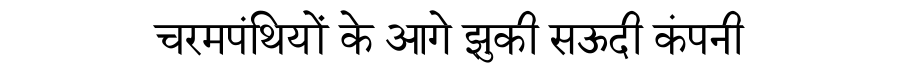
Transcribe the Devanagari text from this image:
चरमपंथियों के आगे झुकी सऊदी कंपनी